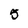
Character: 5